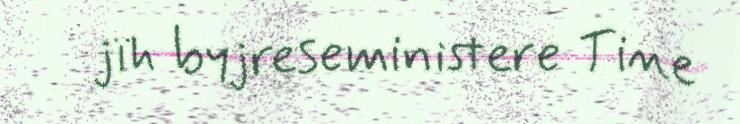
jïh byjreseministere Tine